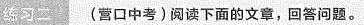
练习二(营口中考)阅读下面的文章，回答问题。